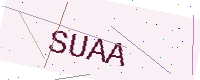
Text: SUAA